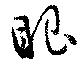
眼